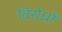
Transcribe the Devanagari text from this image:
विरोधोँ